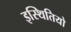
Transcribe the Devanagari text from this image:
इस्थितियो